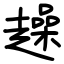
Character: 趮